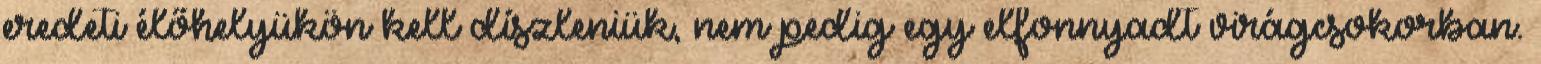
eredeti élőhelyükön kell díszleniük, nem pedig egy elfonnyadt virágcsokorban.